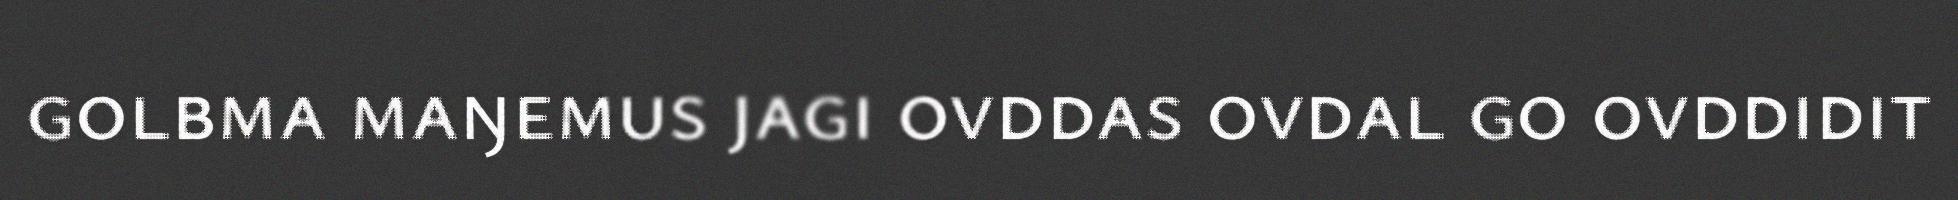
golbma maŋemus jagi ovddas ovdal go ovddidit